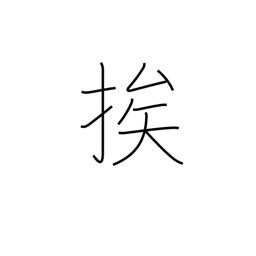
Meaning: draw near